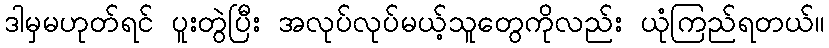
ဒါမှမဟုတ်ရင် ပူးတွဲပြီး အလုပ်လုပ်မယ့်သူတွေကိုလည်း ယုံကြည်ရတယ်။